Report of the Indian Hemp Drugs Commission, 1894-1895 - Volume III
Year: 1894
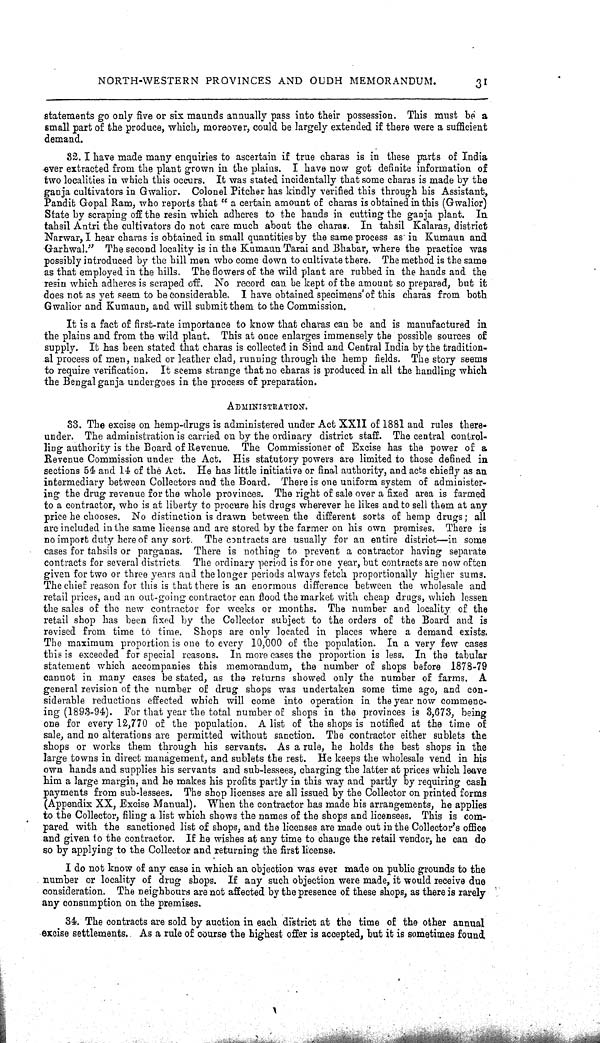
NORTH-WESTERN PROVINCES AND OUDH MEMORANDUM.
31
statements go only five or six maunds annually pass into their possession. This must be a
small part of the produce, which, moreover, could be largely extended if there were a sufficient
demand.
32. I have made many enquiries to ascertain if true charas is in these parts of India
ever extracted from the plant grown in the plains. I have now got definite information of
two localities in which this occurs. It was stated incidentally that some charas is made by the
ganja cultivators in Gwalior. Colonel Pitcher has kindly verified this through his Assistant,
Pandit Gopal Ram, who reports that "a certain amount of charas is obtained in this (Gwalior)
State by scraping off the resin which adheres to the hands in cutting the ganja plant. In
tahsil Antri the cultivators do not care much about the charas. In tahsil Kalaras, district
Narwar, I hear charas is obtained in small quantities by the same process as in Kumaun and
Garhwal." The second locality is in the Kumaun Tarai and Bhabar, where the practice was
possibly introduced by the hill men who come down to cultivate there. The method is the same
as that employed in the hills. The flowers of the wild plant are rubbed in the hands and the
resin which adheres is scraped off. No record can be kept of the amount so prepared, but it
does not as yet seem to be considerable. I have obtained specimens' of this charas from both
Gwalior and Kumaun, and will submit them to the Commission.
It is a fact of first-rate importance to know that charas can be and is manufactured in
the plains and from the wild plant. This at once enlarges immensely the possible sources of
supply. It has been stated that charas is collected in Sind and Central India by the tradition-
al process of men, naked or leather clad, running through the hemp fields. The story seems
to require verification. It seems strange that no charas is produced in all the handling which
the Bengal ganja undergoes in the process of preparation.
ADMINISRATION
33. The excise on hemp-drugs is administered under Act XXII of 1881 and rules there-
under. The administration is carried on by the ordinary district staff. The central control-
ling authority is the Board of Revenue. The Commissioner of Excise has the power of a
Revenue Commission under the Act. His statutory powers are limited to those defined in
sections 54 and 14 of the Act. He has little initiative or final authority, and acts chiefly as an
intermediary between Collectors and the Board. There is one uniform system of administer-
ing the drug revenue for the whole provinces. The right of sale over a fixed area is farmed
to a contractor, who is at liberty to procure his drugs wherever he likes and to sell them at any
price he chooses. No distinction is drawn between the different sorts of hemp drugs; all
are included in the same license and are stored by the farmer on his own premises. There is
no import duty here of any sort. The contracts are usually for an entire district—in some
cases for tahsils or parganas. There is nothing to prevent a contractor having separate
contracts for several districts. The ordinary period is for one year, but contracts are now often
given for two or three years and the longer periods always fetch proportionally higher sums.
The chief reason for this is that there is an enormous difference between the wholesale and
retail prices, and an out-going contractor can flood the market with cheap drugs, which lessen
the sales of the new contractor for weeks or months. The number and locality of the
retail shop has been fixed by the Collector subject to the orders of the Board and is
revised from time to time. Shops are only located in places where a demand exists.
The maximum proportion is one to every 10,000 of the population. In a very few cases
this is exceeded for special reasons. In more cases the proportion is less. In the tabular
statement which accompanies this memorandum, the number of shops before 1878-79
cannot in many cases be stated, as the returns showed only the number of farms. A
general revision of the number of drug shops was undertaken some time ago, and con-
siderable reductions effected which will come into operation in the year now commenc-
ing (1893-94). For that year the total number of shops in the provinces is 3,673, being
one for every 12,770 of the population. A list of the shops is notified at the time of
sale, and no alterations are permitted without sanction. The contractor either sublets the
shops or works them through his servants. As a rule, he holds the best shops in the
large towns in direct management, and sublets the rest. He keeps the wholesale vend in his
own hands and supplies his servants and sub-lessees, charging the latter at prices which leave
him a large margin, and he makes his profits partly in this way and partly by requiring cash
payments from sub-lessees. The shop licenses are all issued by the Collector on printed forms
(Appendix XX, Excise Manual). When the contractor has made his arrangements, he applies
to the Collector, filing a list which shows the names of the shops and licensees. This is com-
pared with the sanctioned list of shops, and the licenses are made out in the Collector's office
and given to the contractor. If he wishes at any time to change the retail vendor, he can do
so by applying to the Collector and returning the first license.
I do not know of any case in which an objection was ever made on public grounds to the
number or locality of drug shops. If any such objection were made, it would receive due
consideration. The neighbours are not affected by the presence of these shops, as there is rarely
any consumption on the premises.
34. The contracts are sold by auction in each district at the time of the other annual
excise settlements. As a rule of course the highest offer is accepted, but it is sometimes found